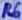
Text: R6